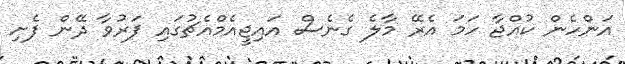
އަންހެން ކުއްޖާ ހަމަ އެރޭ މާލެ ގެނެސް އައިޖީއެމްއެޗުގައި ފަރުވާ ދޭން ފެށި